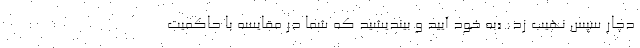
دچار سپس نهیب زد: «به خود آیید و بیندیشید که شما در مقایسه با حاکمیت